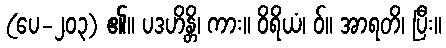
(ပေ-၂၀၃) ၏။ ပဒဟိန္တိ၊ ကား။ ဝိရိယံ၊ ဝ်။ အာရတိ၊ ပြီး။